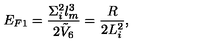
E _ { F 1 } = { \frac { \Sigma _ { i } ^ { 2 } l _ { m } ^ { 3 } } { 2 \tilde { V } _ { 6 } } } = { \frac { R } { 2 L _ { i } ^ { 2 } } } ,